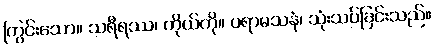
ကြွင်းသော။ သရီရဿ၊ ကိုယ်ကို။ ပရာမသနံ၊ သုံးသပ်ခြင်းသည်။